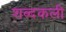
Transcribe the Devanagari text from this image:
शब्दकली